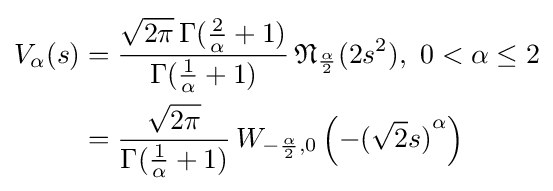
{\begin{aligned}V_{\alpha }(s)&=\displaystyle {\frac {{\sqrt {2\pi }}\,\Gamma ({\frac {2}{\alpha }}+1)}{\Gamma ({\frac {1}{\alpha }}+1)}}\,{\mathfrak {N}}_{\frac {\alpha }{2}}(2s^{2}),\,\,0<\alpha \leq 2\\&=\displaystyle {\frac {\sqrt {2\pi }}{\Gamma ({\frac {1}{\alpha }}+1)}}\,W_{-{\frac {\alpha }{2}},0}\left(-{({\sqrt {2}}s)}^{\alpha }\right)\end{aligned}}